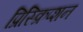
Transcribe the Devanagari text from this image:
प्रिस्क्रिप्शन